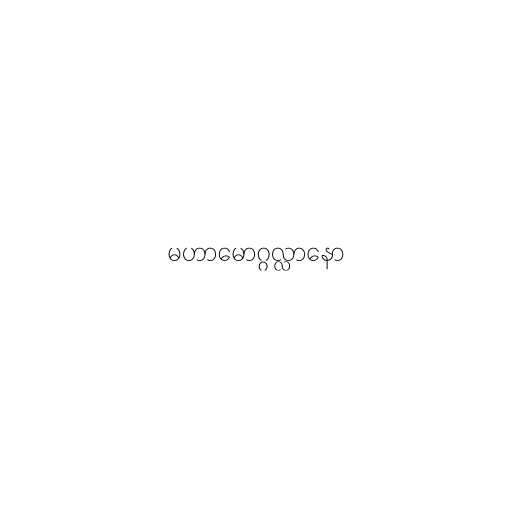
မဟာမောဂ္ဂလ္လာနော